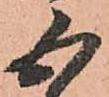
良